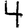
Digit: 4